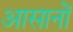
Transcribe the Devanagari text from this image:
आसानों